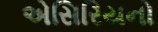
એસિરિયનો